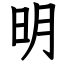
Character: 明